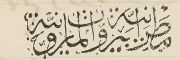
مَطرَانيَّة بَيروت المارونيَّة